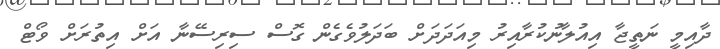
ދާއިމީ ނަތީޖާ އިއުލާނުކުރާއިރު މިއަދަދަށް ބަދަލުވެގެން ގޮސް ސިރިސޭނާ އަށް އިތުރަށް ވޯޓް